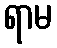
ရာမ